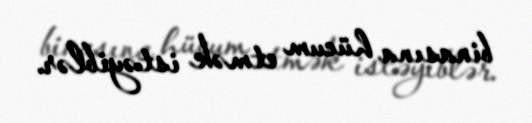
binasına hücum etmək istəyiblər.